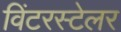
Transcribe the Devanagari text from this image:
विंटरस्टेलर